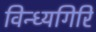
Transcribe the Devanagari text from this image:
विन्ध्यगिरि